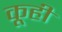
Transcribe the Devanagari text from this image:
कूही